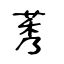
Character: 莠